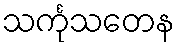
သင်္ကုသတေန